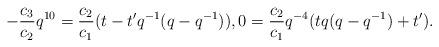
LaTeX: \begin{align*}-\frac{c_{3}}{c_{2}} q^{10} = \frac{c_{2}}{c_{1}} (t - t^\prime q^{-1}(q - q^{-1})), 0 = \frac{c_{2}}{c_{1}} q^{-4} (t q (q - q^{-1}) + t^\prime).\end{align*}